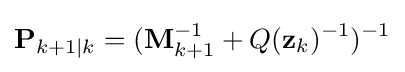
\mathbf {P} _{k+1|k}=(\mathbf {M} _{k+1}^{-1}+Q(\mathbf {z} _{k})^{-1})^{-1}